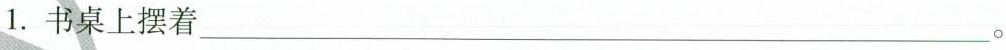
1.书桌上摆着___。